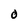
Character: O